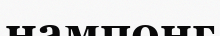
нампонг